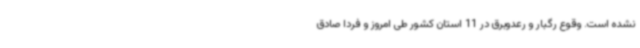
نشده است. وقوع رگبار و رعدوبرق در 11 استان کشور طی امروز و فردا صادق